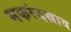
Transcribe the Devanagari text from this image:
मकरंदस्राव